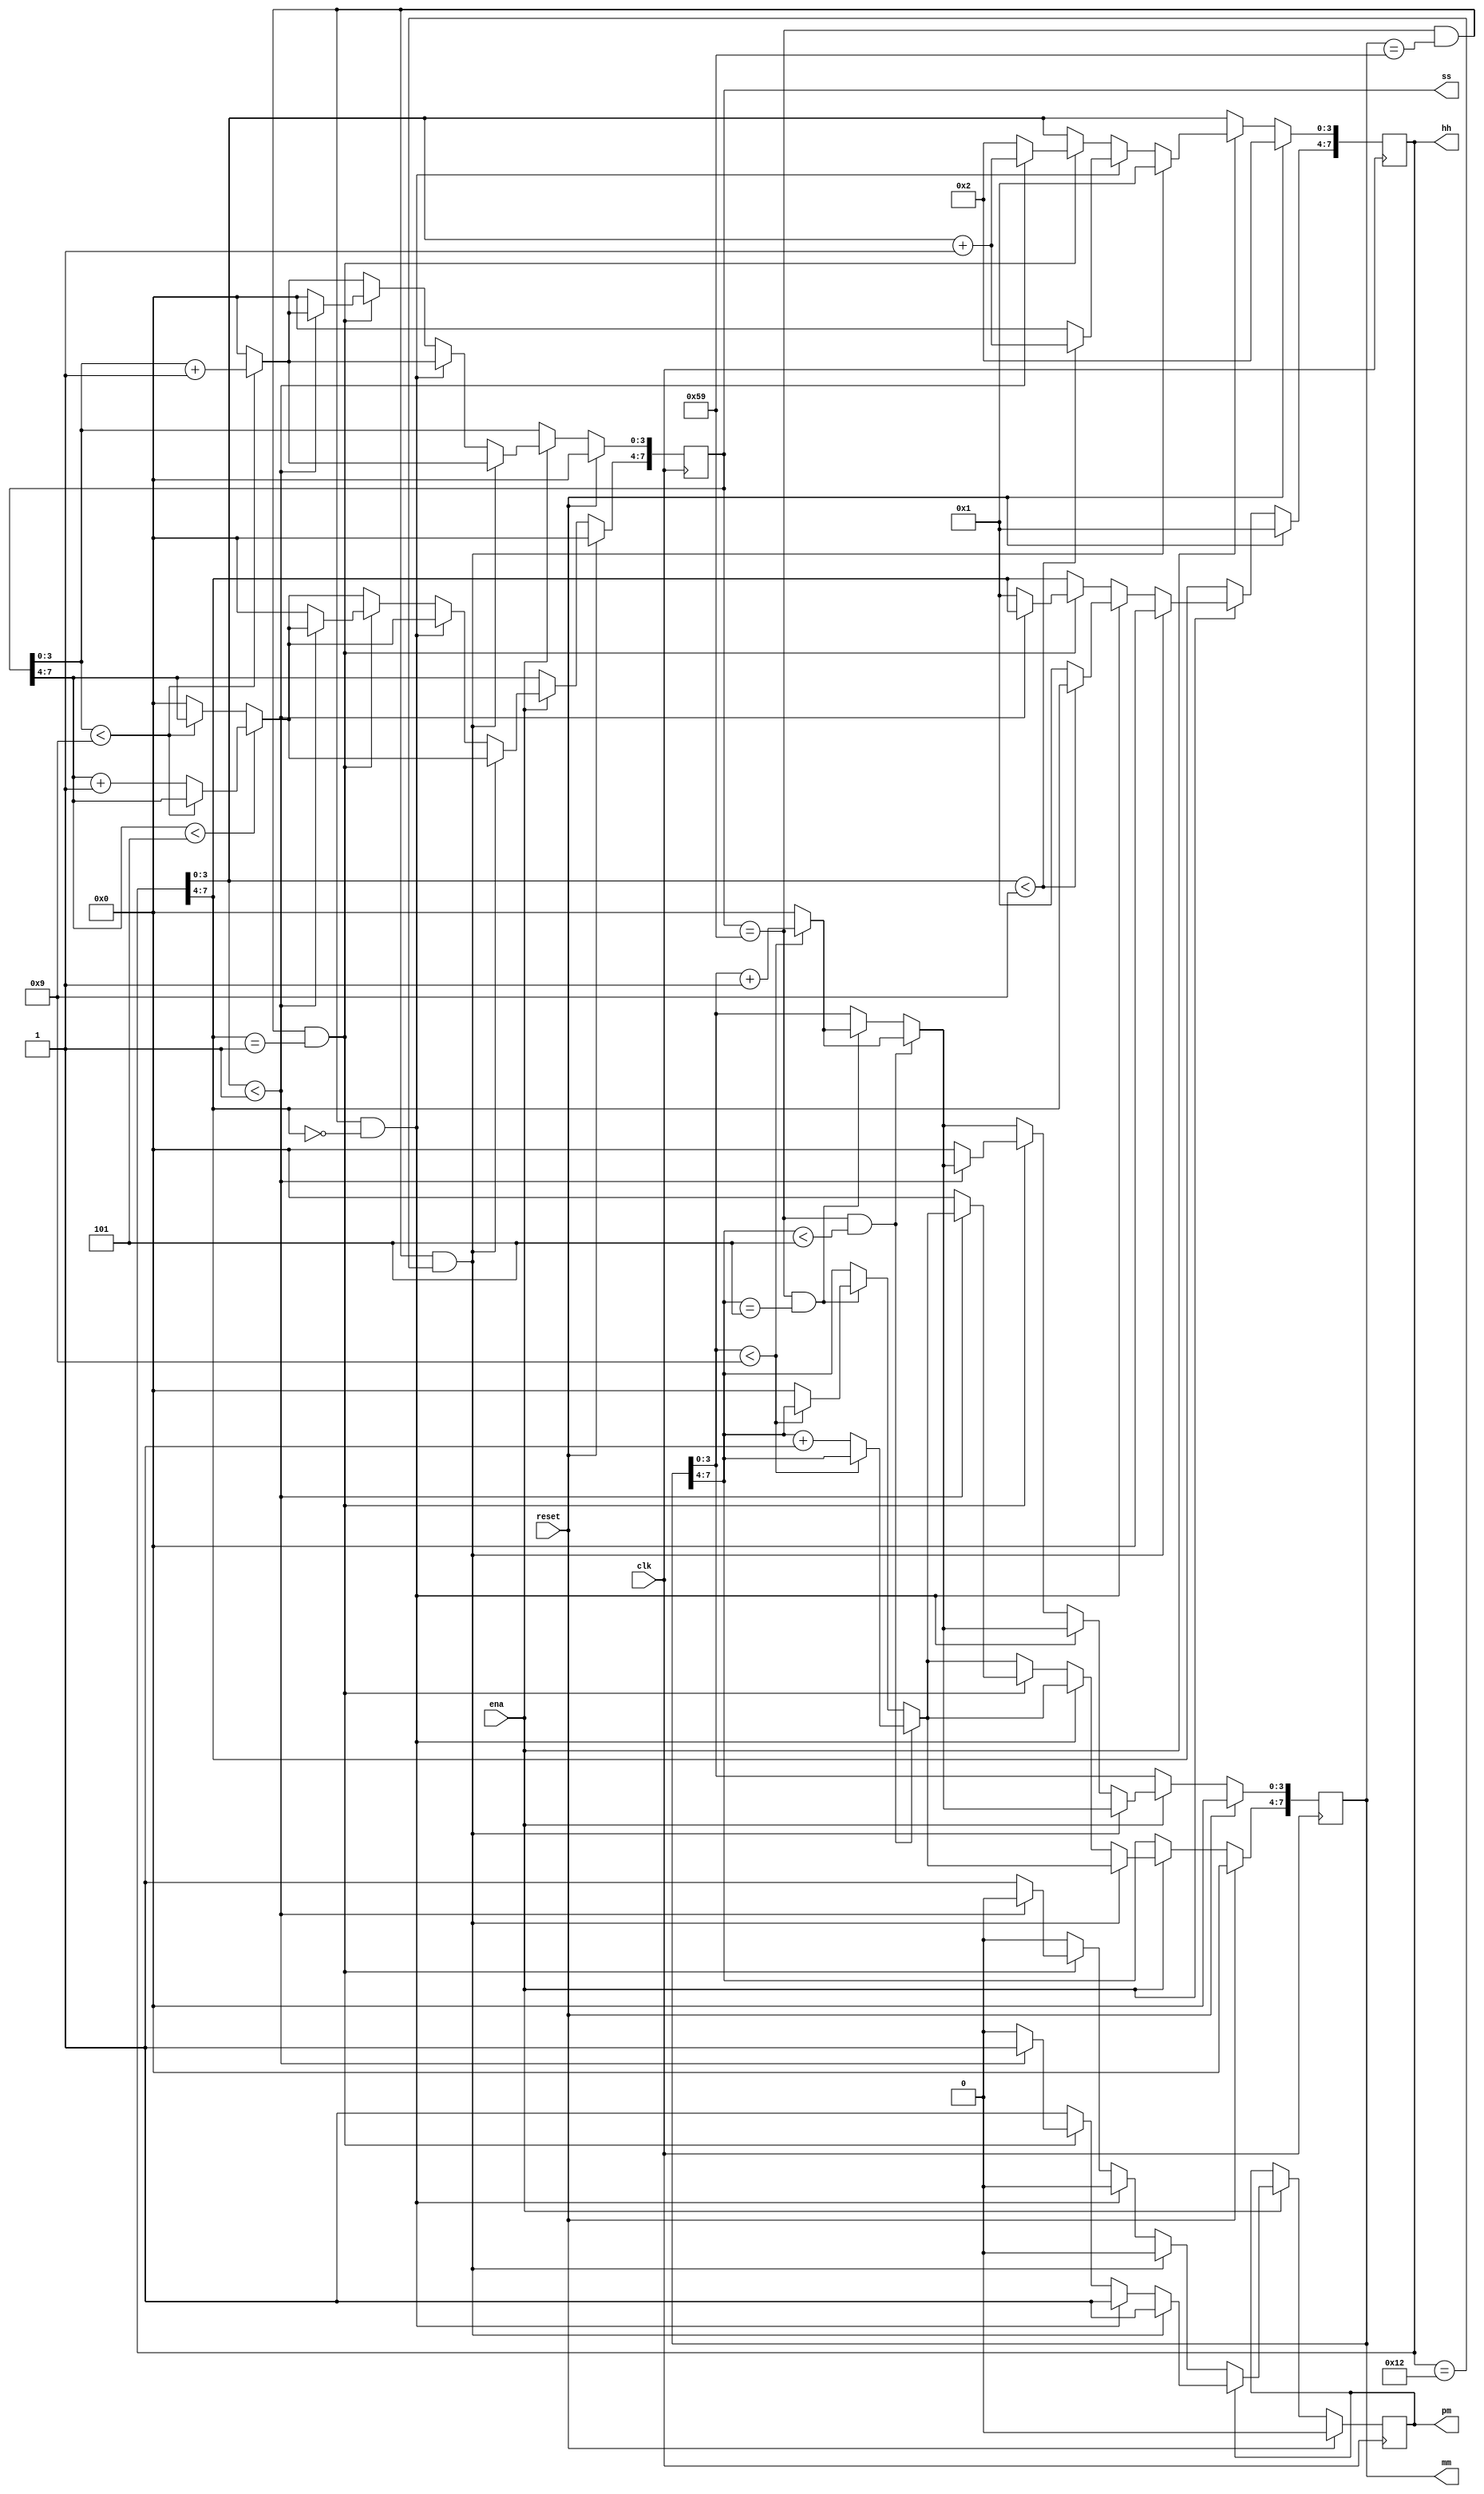
module top_module(
    input clk,
    input reset,
    input ena,
    output pm,
    output [7:0] hh,
    output [7:0] mm,
    output [7:0] ss); 

    always@(posedge clk) begin
        if(reset) begin
            hh<=8'h12;
            mm<=8'h0;
            ss<=8'h0;
            pm<=1'b0;
        end
        else if(ena) begin
            if(pm==1'b0) begin
                if(ss[7:4]<4'h5) begin  //!жʮλ
                    if(ss[3:0]<4'h9) begin  //!жĸλ
                        ss[3:0]<=ss[3:0]+4'h1;
                    end
                    else begin
                        ss[7:4]<=ss[7:4]+4'h1;
                        ss[3:0]<=4'h0;
                    end
                end
                else begin
                    if(ss[3:0]<4'h9) begin
                        ss[3:0]<=ss[3:0]+4'h1;
                    end
                    else begin
                        ss[3:0]<=4'h0;
                        ss[7:4]<=4'h0;
                    end
                end
                
                if(ss==8'h59 & mm[7:4]<4'h5) begin
                    if(mm[3:0]<4'h9) begin
                        mm[3:0]<=mm[3:0]+4'h1;
                    end
                    else begin
                        mm[7:4]<=mm[7:4]+4'h1;
                        mm[3:0]<=4'h0;
                    end
                end
                else if(ss==8'h59 & mm[7:4]==4'h5) begin
                    if(mm[3:0]<4'h9) begin
                        mm[3:0]<=mm[3:0]+4'h1;
                    end
                    else begin
                        mm[3:0]<=4'h0;
                        mm[7:4]<=4'h0;
                    end
                end

                if(ss==8'h59 & mm==8'h59 & hh==8'h12) begin
                        hh[7:4]<=4'h0;
                        hh[3:0]<=4'h1;
                end
                else if(ss==8'h59 & mm==8'h59 & hh[7:4]==4'h0) begin
                    if(hh[3:0]<4'h9) begin
                        hh[3:0]<=hh[3:0]+4'h1;
                    end
                    else begin
                        hh[7:4]<=4'h1;
                        hh[3:0]<=4'h0;
                    end
                end
                else if(ss==8'h59 & mm==8'h59 & hh[7:4]==4'h1) begin
                    if(hh[3:0]<4'h1) begin
                        hh[3:0]<=hh[3:0]+4'h1;
                    end
                    else begin
                        hh<=8'h12;
                        mm<=8'h0;
                        ss<=8'h0;
                        pm<=1'b1;
                    end
                end
            end

            else begin
                if(ss[7:4]<4'h5) begin  //!жʮλ
                    if(ss[3:0]<4'h9) begin  //!жĸλ
                        ss[3:0]<=ss[3:0]+4'h1;
                    end
                    else begin
                        ss[7:4]<=ss[7:4]+4'h1;
                        ss[3:0]<=4'h0;
                    end
                end
                else begin
                    if(ss[3:0]<4'h9) begin
                        ss[3:0]<=ss[3:0]+4'h1;
                    end
                    else begin
                        ss[3:0]<=4'h0;
                        ss[7:4]<=4'h0;
                    end
                end
                
                if(ss==8'h59 & mm[7:4]<4'h5) begin
                    if(mm[3:0]<4'h9) begin
                        mm[3:0]<=mm[3:0]+4'h1;
                    end
                    else begin
                        mm[7:4]<=mm[7:4]+4'h1;
                        mm[3:0]<=4'h0;
                    end
                end
                else if(ss==8'h59 & mm[7:4]==4'h5) begin
                    if(mm[3:0]<4'h9) begin
                        mm[3:0]<=mm[3:0]+4'h1;
                    end
                    else begin
                        mm[3:0]<=4'h0;
                        mm[7:4]<=4'h0;
                    end
                end

                if(ss==8'h59 & mm==8'h59 & hh==8'h12) begin
                        hh[7:4]<=4'h0;
                        hh[3:0]<=4'h1;
                    end
                else if(ss==8'h59 & mm==8'h59 & hh[7:4]==4'h0) begin

                    if(hh[3:0]<4'h9) begin
                        hh[3:0]<=hh[3:0]+4'h1;
                    end
                    else begin
                        hh[7:4]<=4'h1;
                        hh[3:0]<=4'h0;
                    end
                end
                    
                else if(ss==8'h59 & mm==8'h59 & hh[7:4]==4'h1) begin
                    if(hh[3:0]<4'h1) begin
                        hh[3:0]<=hh[3:0]+4'h1;
                    end
                    else begin
                        hh<=8'h12;
                        mm<=8'h0;
                        ss<=8'h0;
                        pm<=1'b0;
                    end
                end
            end
        end
    end

endmodule